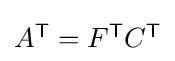
{\textstyle A^{\textsf {T}}=F^{\textsf {T}}C^{\textsf {T}}}